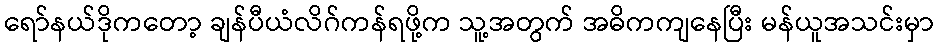
ရော်နယ်ဒိုကတော့ ချန်ပီယံလိဂ်ကန်ရဖို့က သူ့အတွက် အဓိကကျနေပြီး မန်ယူအသင်းမှာ